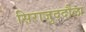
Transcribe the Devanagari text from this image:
सिराजुददौला